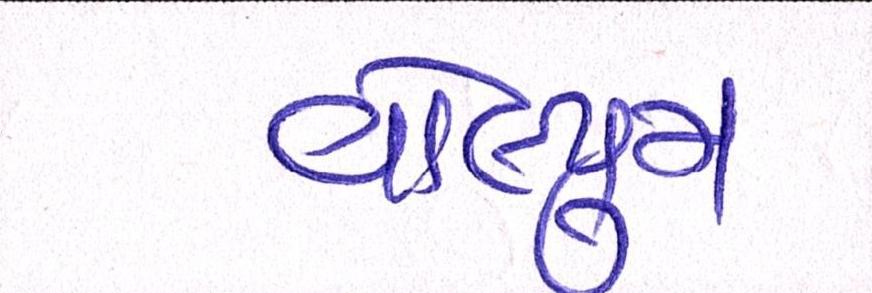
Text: વોલ્યુમ